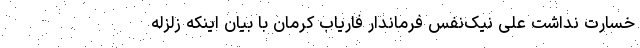
خسارت نداشت علی نیک‌نفس فرماندار فاریاب کرمان با بیان اینکه زلزله